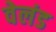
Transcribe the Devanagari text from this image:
वेलंड